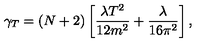
\gamma _ { T } = ( N + 2 ) \left[ \frac { \lambda T ^ { 2 } } { 1 2 m ^ { 2 } } + \frac { \lambda } { 1 6 \pi ^ { 2 } } \right] ,